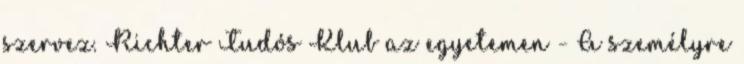
szervez. Richter Tudós Klub az egyetemen - A személyre